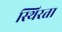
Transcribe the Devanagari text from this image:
स्थिरता